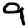
Digit: 9